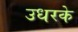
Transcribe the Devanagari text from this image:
उधरके